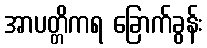
အာပတ္တိကရ ခြောက်ခွန်း